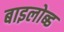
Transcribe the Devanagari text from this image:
बाइलोब्ड